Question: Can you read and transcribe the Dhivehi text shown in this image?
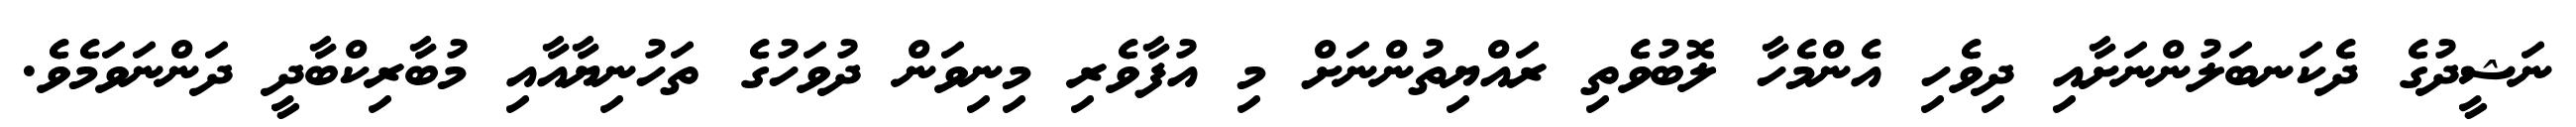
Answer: ނަޝީދުގެ ދެކަނބަލުންނަށާއި ދިވެހި އެންމެހާ ލޮބުވެތި ރައްޔިތުންނަށް މި އުފާވެރި މިނިވަން ދުވަހުގެ ތަހުނިޔާއާއި މުބާރިކްބާދީ ދަންނަވަމެވެ.